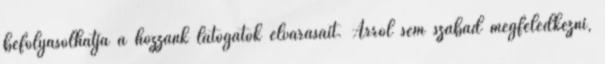
befolyásolhatja a hozzánk látogatók elvárásait. Arról sem szabad megfeledkezni,